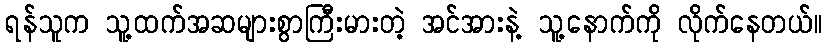
ရန်သူက သူ့ထက်အဆများစွာကြီးမားတဲ့ အင်အားနဲ့ သူ့နောက်ကို လိုက်နေတယ်။